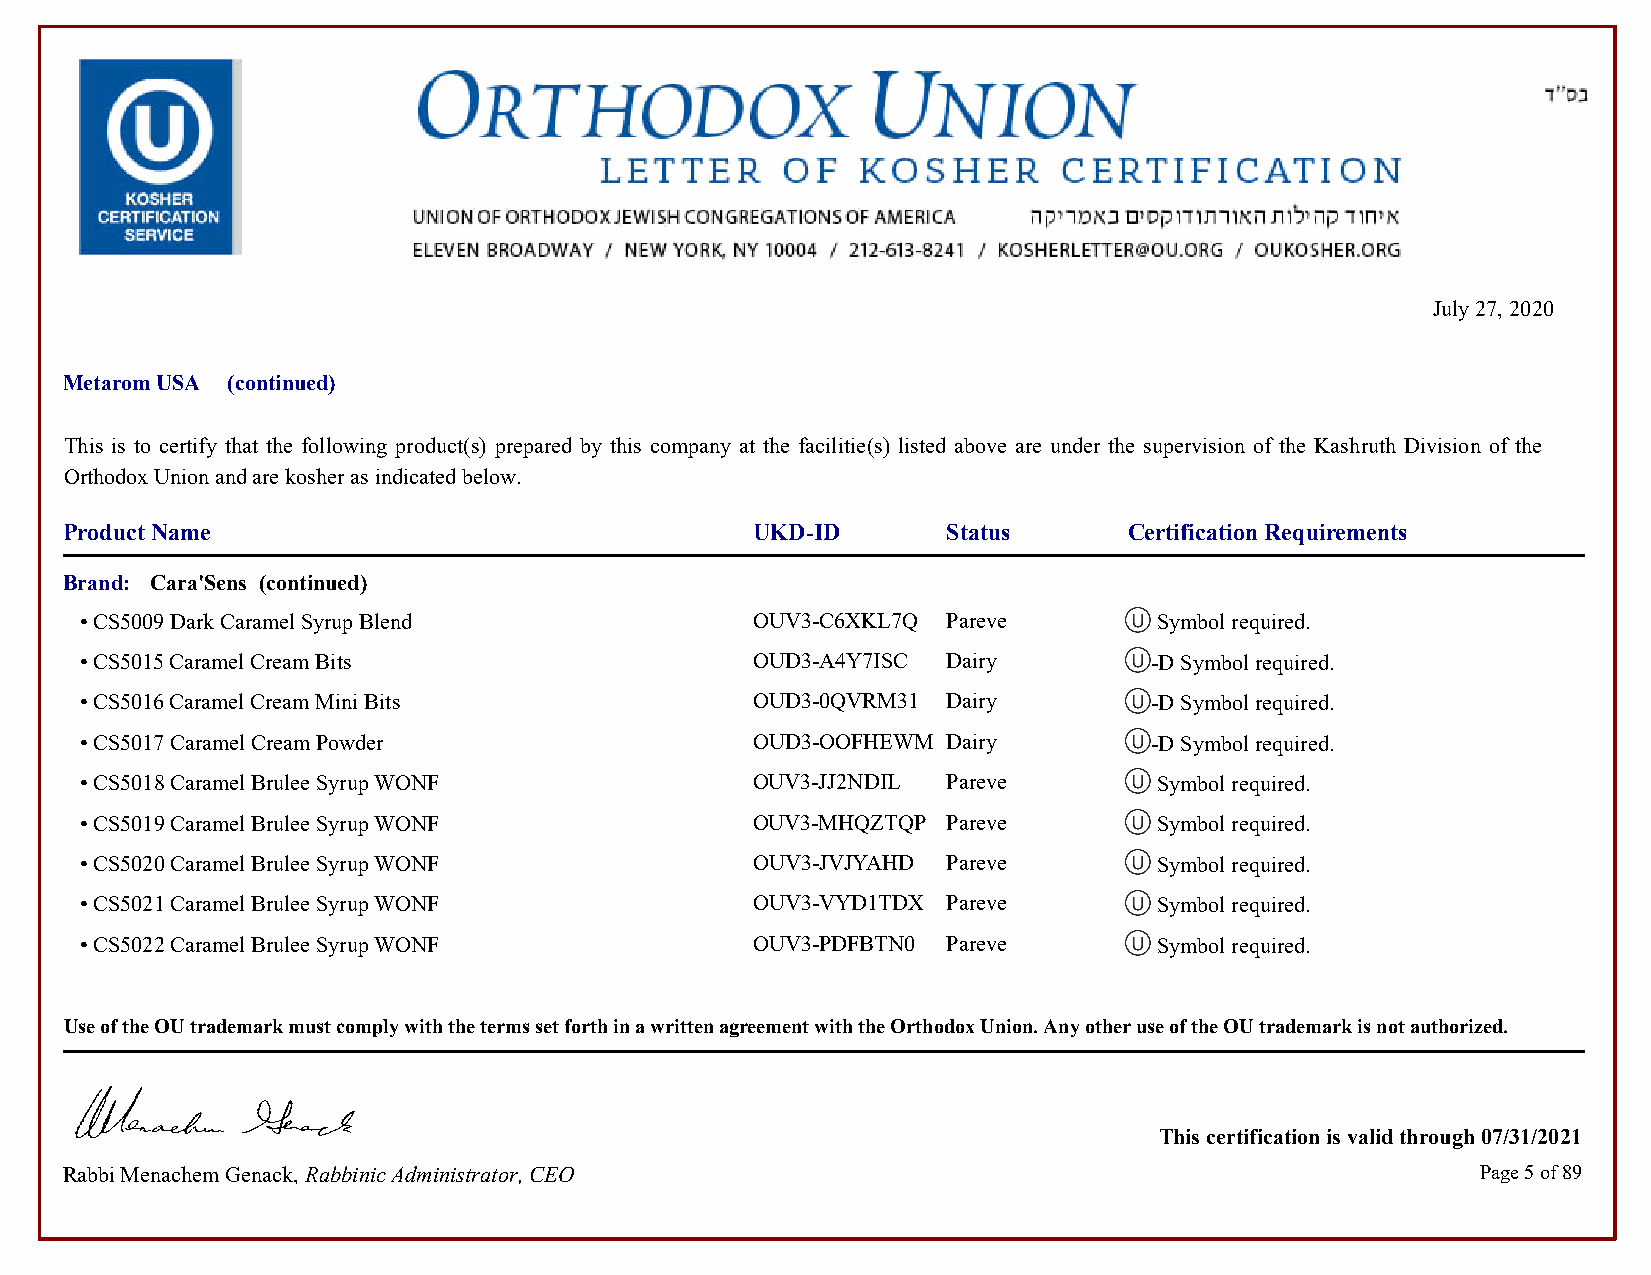
July 27, 2020
 Metarom USA (continued)
 This is to certify that the following product(s) prepared by this company at the facilitie(s) listed above are under the supervision of the Kashruth Division of the
 Orthodox Union and are kosher as indicated below.
 Product Name                                  UKD-ID       Status      Certification Requirements
 Brand: Cara'Sens (continued)
 • CS5009 Dark Caramel Syrup Blend            OUV3-C6XKL7Q Pareve        Symbol required.            Symbol required.
 • CS5015 Caramel Cream Bits                  OUD3-A4Y7ISC Dairy        -D Symbol required.          -D Symbol required.
 • CS5016 Caramel Cream Mini Bits             OUD3-0QVRM31 Dairy        -D Symbol required.          -D Symbol required.
 • CS5017 Caramel Cream Powder                OUD3-OOFHEWM Dairy        -D Symbol required.          -D Symbol required.
 • CS5018 Caramel Brulee Syrup WONF           OUV3-JJ2NDIL Pareve        Symbol required.            Symbol required.
 • CS5019 Caramel Brulee Syrup WONF           OUV3-MHQZTQP Pareve        Symbol required.            Symbol required.
 • CS5020 Caramel Brulee Syrup WONF           OUV3-JVJYAHD Pareve        Symbol required.            Symbol required.
 • CS5021 Caramel Brulee Syrup WONF           OUV3-VYD1TDX Pareve        Symbol required.            Symbol required.
 • CS5022 Caramel Brulee Syrup WONF           OUV3-PDFBTN0 Pareve        Symbol required.            Symbol required.
 Use of the OU trademark must comply with the terms set forth in a written agreement with the Orthodox Union. Any other use of the OU trademark is not authorized.
 This certification is valid through 07/31/2021
 Rabbi Menachem Genack, Rabbinic Administrator, CEO                                            Page 5 of 89